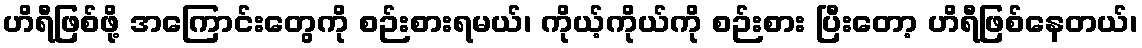
ဟိရီဖြစ်ဖို့ အကြောင်းတွေကို စဉ်းစားရမယ်၊ ကိုယ့်ကိုယ်ကို စဉ်းစား ပြီးတော့ ဟိရီဖြစ်နေတယ်၊